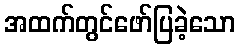
အထက်တွင်ဖော်ပြခဲ့သော